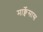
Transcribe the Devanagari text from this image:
मार्क्वेसास